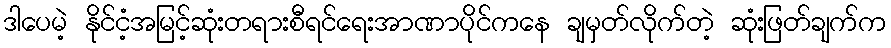
ဒါပေမဲ့ နိုင်ငံ့အမြင့်ဆုံးတရားစီရင်ရေးအာဏာပိုင်ကနေ ချမှတ်လိုက်တဲ့ ဆုံးဖြတ်ချက်က